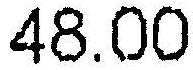
48.00